Civil Veterinary Dept. Bombay admin report 1932-41 - 1932-1941
Year: 1932
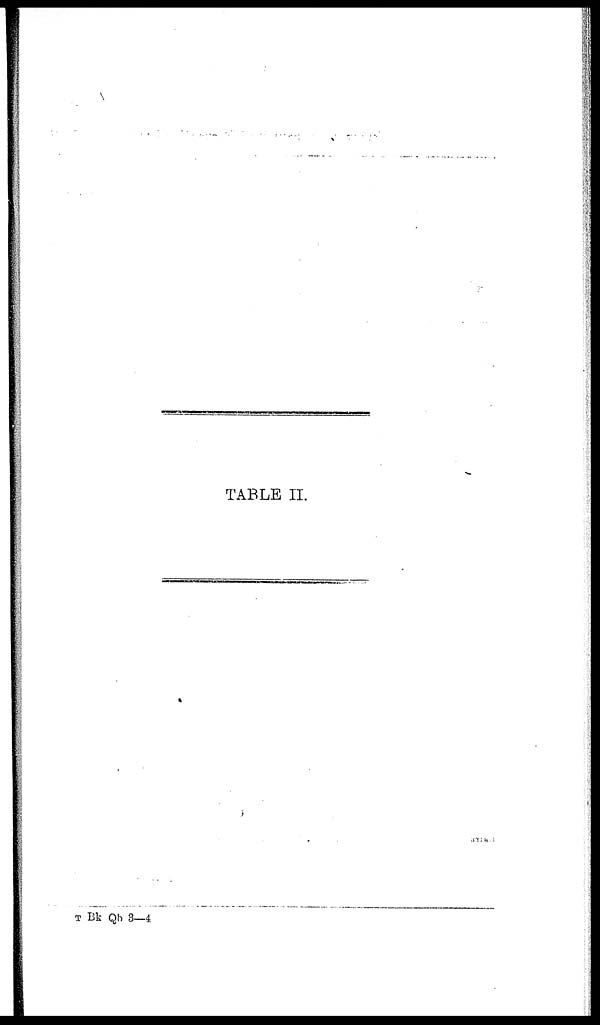
TABLE II.
T Bk Qb 3—4